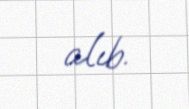
alıb.